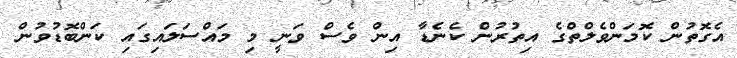
އެގޮތުން ކޮމަންވެލްތްގެ އިތުރުން ކެނެޑާ އިން ވެސް ވަނީ މި މައްސަލައިގައި ކަންބޮޑުވުން